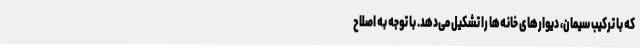
که با ترکیب سیمان، دیوارهای خانه‌ها را تشکیل می‌دهد. با توجه به اصلاح